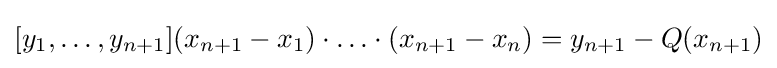
{\textstyle [y_{1},\ldots ,y_{n+1}](x_{n+1}-x_{1})\cdot \ldots \cdot (x_{n+1}-x_{n})=y_{n+1}-Q(x_{n+1})}